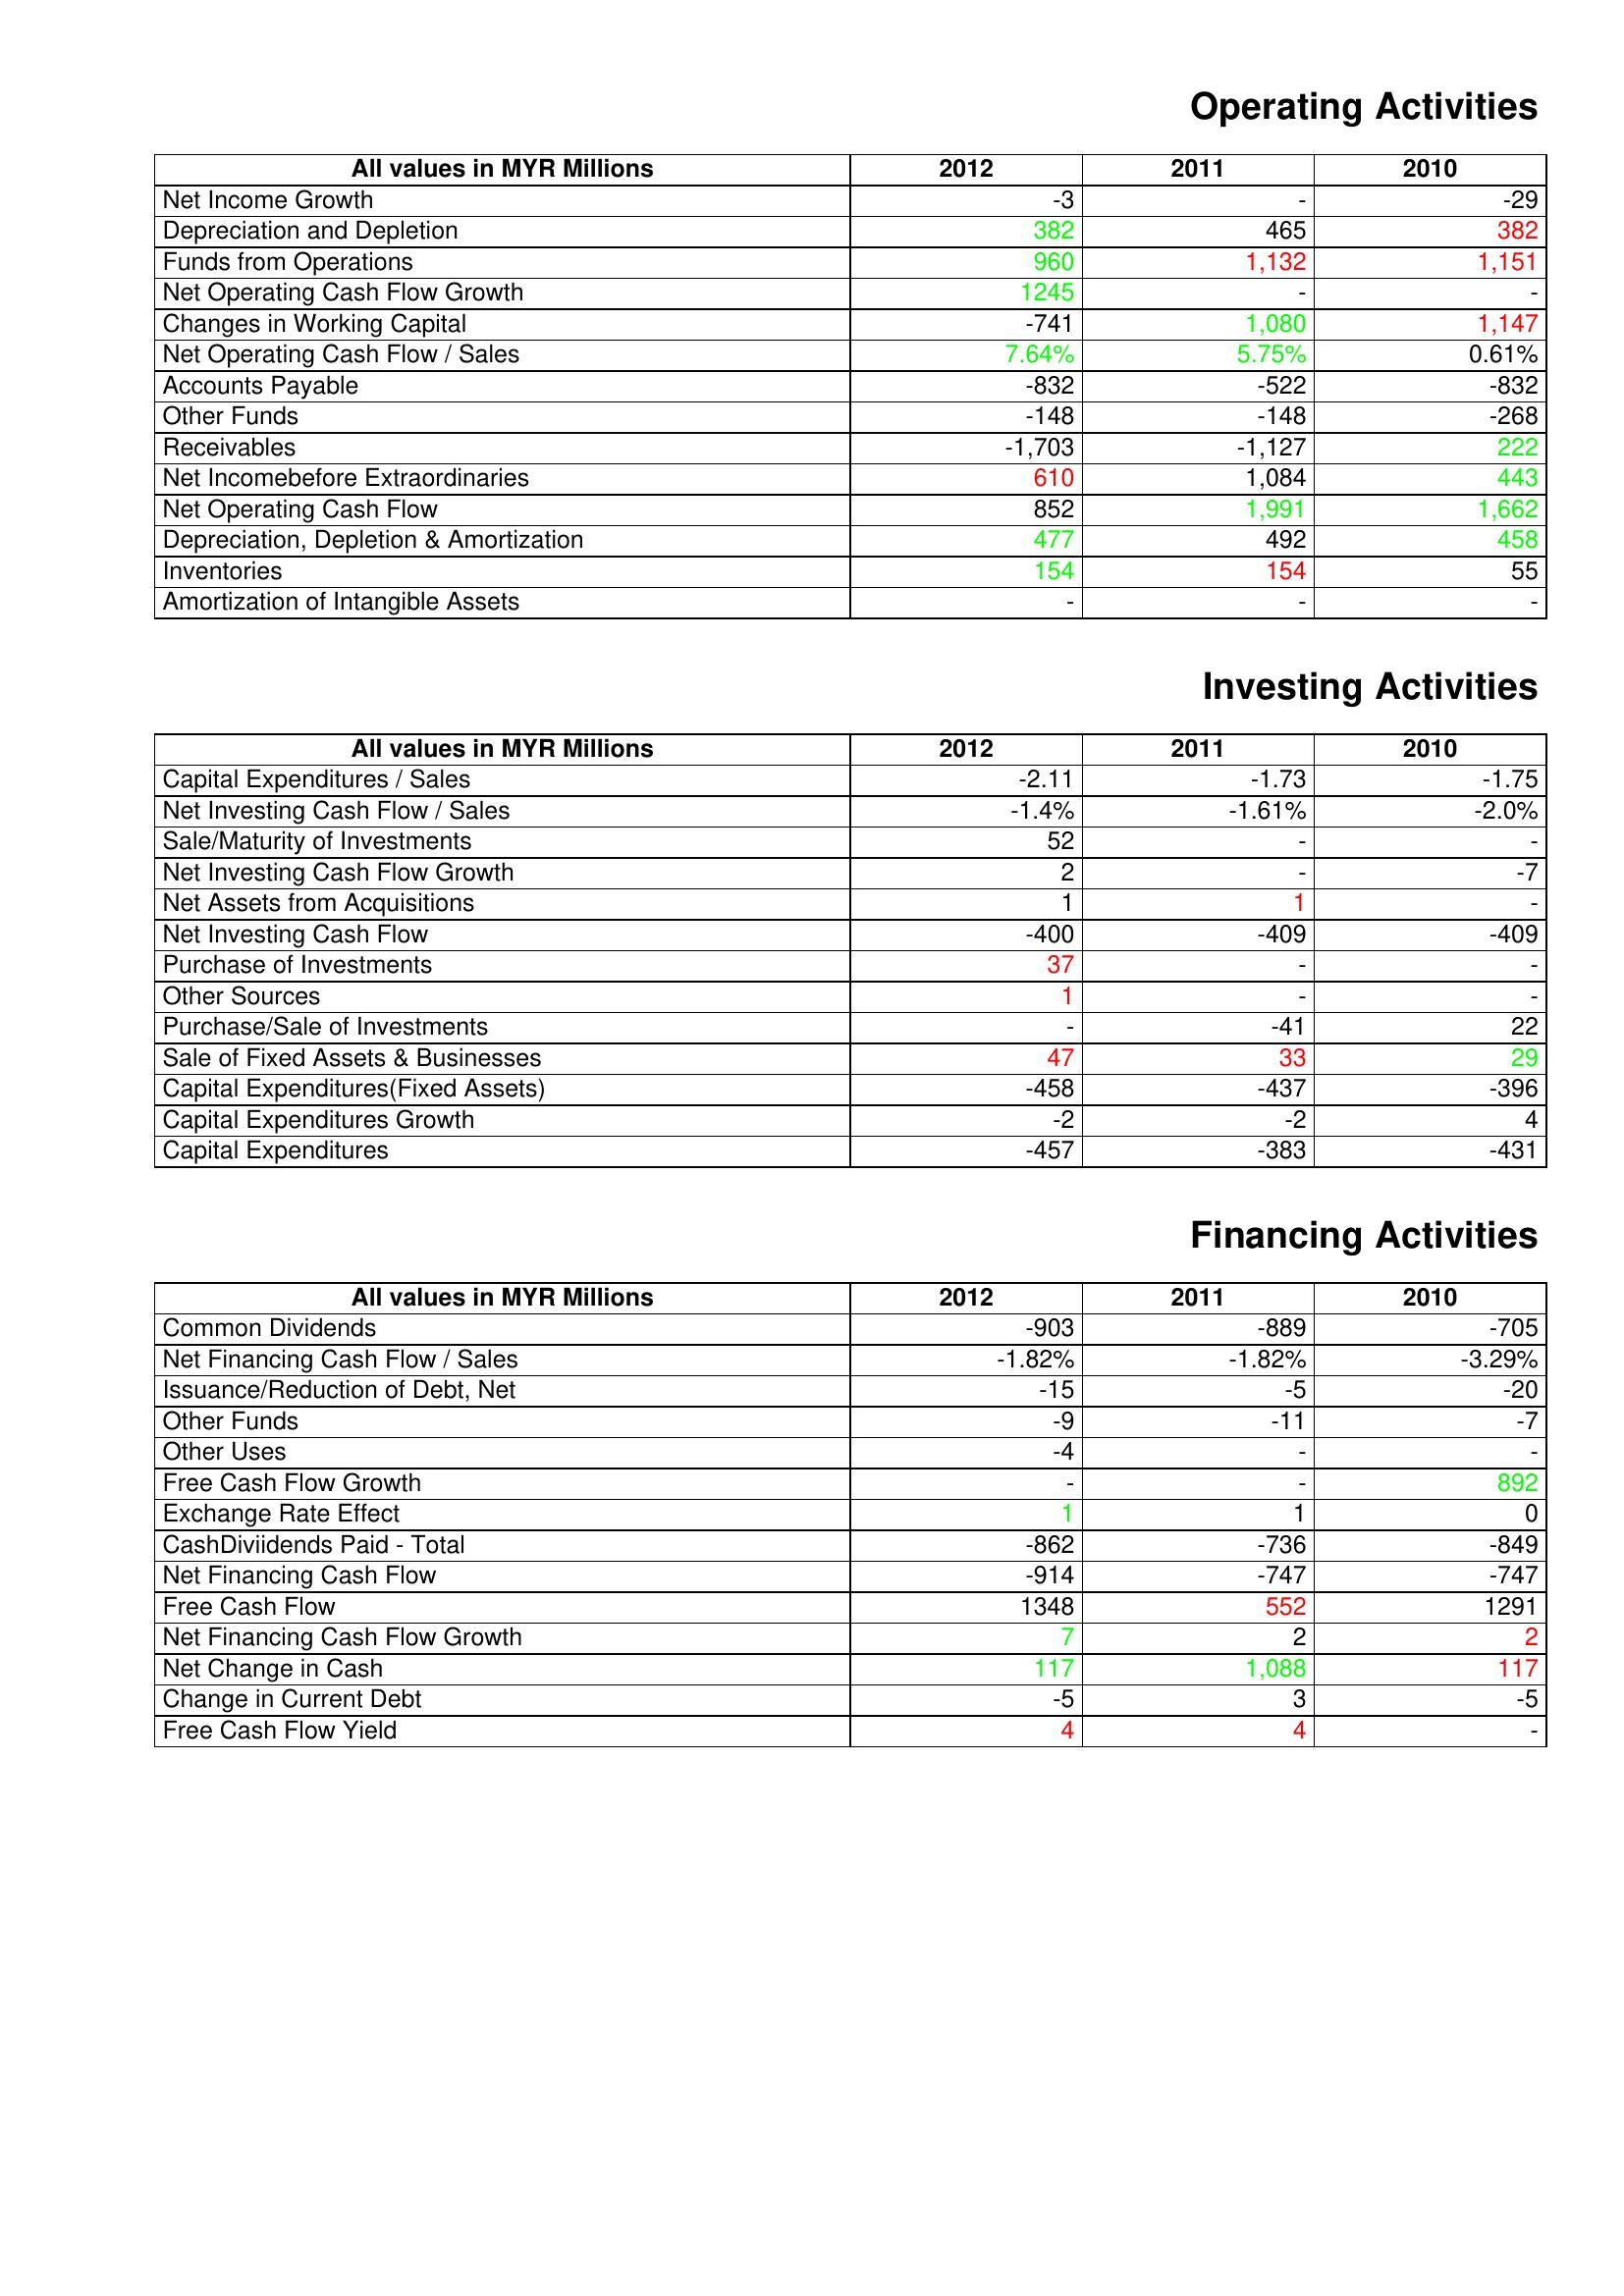
gt_parse: 2012: Operating Activities: Net Income Growth: -3
Depreciation and Depletion: 382
Funds from Operations: 960
Net Operating Cash Flow Growth: 1245
Changes in Working Capital: -741
Net Operating Cash Flow / Sales: 7.64%
Accounts Payable: -832
Other Funds: -148
Receivables: -1,703
Net Incomebefore Extraordinaries: 610
Net Operating Cash Flow: 852
Depreciation, Depletion & Amortization: 477
Inventories: 154
Amortization of Intangible Assets: -
Investing Activities: Capital Expenditures / Sales: -2.11
Net Investing Cash Flow / Sales: -1.4%
Sale/Maturity of Investments: 52
Net Investing Cash Flow Growth: 2
Net Assets from Acquisitions: 1
Net Investing Cash Flow: -400
Purchase of Investments: 37
Other Sources: 1
Purchase/Sale of Investments: -
Sale of Fixed Assets & Businesses: 47
Capital Expenditures(Fixed Assets): -458
Capital Expenditures Growth: -2
Capital Expenditures: -457
Financing Activities: Common Dividends: -903
Net Financing Cash Flow / Sales: -1.82%
Issuance/Reduction of Debt, Net: -15
Other Funds: -9
Other Uses: -4
Free Cash Flow Growth: -
Exchange Rate Effect: 1
CashDiviidends Paid - Total: -862
Net Financing Cash Flow: -914
Free Cash Flow: 1348
Net Financing Cash Flow Growth: 7
Net Change in Cash: 117
Change in Current Debt: -5
Free Cash Flow Yield: 4
2011: Operating Activities: Net Income Growth: -
Depreciation and Depletion: 465
Funds from Operations: 1,132
Net Operating Cash Flow Growth: -
Changes in Working Capital: 1,080
Net Operating Cash Flow / Sales: 5.75%
Accounts Payable: -522
Other Funds: -148
Receivables: -1,127
Net Incomebefore Extraordinaries: 1,084
Net Operating Cash Flow: 1,991
Depreciation, Depletion & Amortization: 492
Inventories: 154
Amortization of Intangible Assets: -
Investing Activities: Capital Expenditures / Sales: -1.73
Net Investing Cash Flow / Sales: -1.61%
Sale/Maturity of Investments: -
Net Investing Cash Flow Growth: -
Net Assets from Acquisitions: 1
Net Investing Cash Flow: -409
Purchase of Investments: -
Other Sources: -
Purchase/Sale of Investments: -41
Sale of Fixed Assets & Businesses: 33
Capital Expenditures(Fixed Assets): -437
Capital Expenditures Growth: -2
Capital Expenditures: -383
Financing Activities: Common Dividends: -889
Net Financing Cash Flow / Sales: -1.82%
Issuance/Reduction of Debt, Net: -5
Other Funds: -11
Other Uses: -
Free Cash Flow Growth: -
Exchange Rate Effect: 1
CashDiviidends Paid - Total: -736
Net Financing Cash Flow: -747
Free Cash Flow: 552
Net Financing Cash Flow Growth: 2
Net Change in Cash: 1,088
Change in Current Debt: 3
Free Cash Flow Yield: 4
2010: Operating Activities: Net Income Growth: -29
Depreciation and Depletion: 382
Funds from Operations: 1,151
Net Operating Cash Flow Growth: -
Changes in Working Capital: 1,147
Net Operating Cash Flow / Sales: 0.61%
Accounts Payable: -832
Other Funds: -268
Receivables: 222
Net Incomebefore Extraordinaries: 443
Net Operating Cash Flow: 1,662
Depreciation, Depletion & Amortization: 458
Inventories: 55
Amortization of Intangible Assets: -
Investing Activities: Capital Expenditures / Sales: -1.75
Net Investing Cash Flow / Sales: -2.0%
Sale/Maturity of Investments: -
Net Investing Cash Flow Growth: -7
Net Assets from Acquisitions: -
Net Investing Cash Flow: -409
Purchase of Investments: -
Other Sources: -
Purchase/Sale of Investments: 22
Sale of Fixed Assets & Businesses: 29
Capital Expenditures(Fixed Assets): -396
Capital Expenditures Growth: 4
Capital Expenditures: -431
Financing Activities: Common Dividends: -705
Net Financing Cash Flow / Sales: -3.29%
Issuance/Reduction of Debt, Net: -20
Other Funds: -7
Other Uses: -
Free Cash Flow Growth: 892
Exchange Rate Effect: 0
CashDiviidends Paid - Total: -849
Net Financing Cash Flow: -747
Free Cash Flow: 1291
Net Financing Cash Flow Growth: 2
Net Change in Cash: 117
Change in Current Debt: -5
Free Cash Flow Yield: -